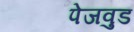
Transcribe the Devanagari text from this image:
पेजवुड